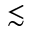
\lesssim